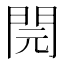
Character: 䦎